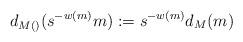
LaTeX: \begin{align*} d_{M()}(s^{-w(m)}m) : = s^{-w(m)} d_M(m) \end{align*}